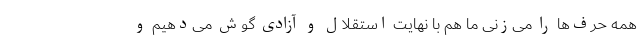
همه حرف‌ها را می‌زنی ما هم با نهایت استقلال و آزادی گوش می‌دهیم و